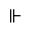
\Vdash